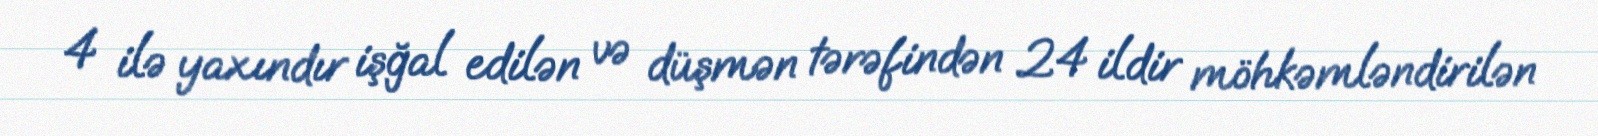
4 ilə yaxındır işğal edilən və düşmən tərəfindən 24 ildir möhkəmləndirilən